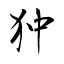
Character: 狆